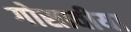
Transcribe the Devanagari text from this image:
गोसावीया